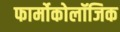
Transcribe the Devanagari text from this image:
फार्मोकोलॉजिक